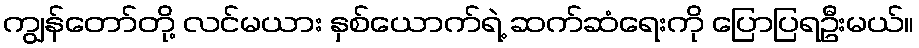
ကျွန်တော်တို့ လင်မယား နှစ်ယောက်ရဲ့ ဆက်ဆံရေးကို ပြောပြရဦးမယ်။